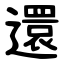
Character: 還